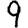
Digit: 9